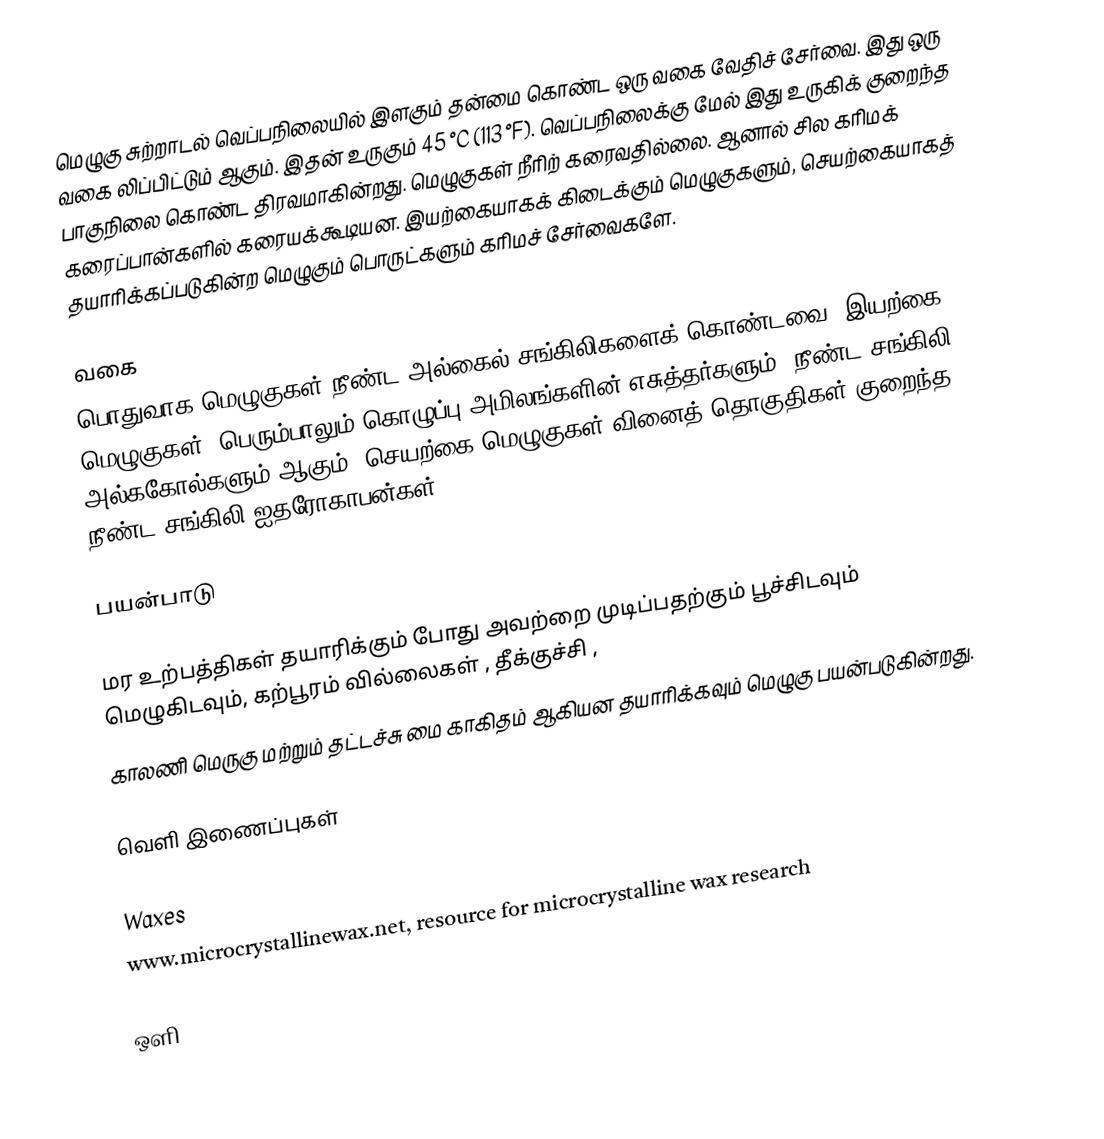
மெழுகு சுற்றாடல் வெப்பநிலையில் இளகும் தன்மை கொண்ட ஒரு வகை வேதிச் சேர்வை. இது ஒரு வகை லிப்பிட்டும் ஆகும்.  இதன் உருகும் 45 °C (113 °F). வெப்பநிலைக்கு மேல் இது உருகிக் குறைந்த பாகுநிலை கொண்ட திரவமாகின்றது. மெழுகுகள் நீரிற் கரைவதில்லை. ஆனால் சில கரிமக் கரைப்பான்களில் கரையக்கூடியன. இயற்கையாகக் கிடைக்கும் மெழுகுகளும், செயற்கையாகத் தயாரிக்கப்படுகின்ற மெழுகும் பொருட்களும் கரிமச் சேர்வைகளே.

வகை
பொதுவாக மெழுகுகள் நீண்ட அல்கைல் சங்கிலிகளைக் கொண்டவை. இயற்கை மெழுகுகள், பெரும்பாலும் கொழுப்பு அமிலங்களின்  எசுத்தர்களும், நீண்ட சங்கிலி அல்ககோல்களும் ஆகும். செயற்கை மெழுகுகள் வினைத் தொகுதிகள் குறைந்த நீண்ட சங்கிலி ஐதரோகாபன்கள்.

பயன்பாடு

மர உற்பத்திகள் தயாரிக்கும் போது அவற்றை முடிப்பதற்கும் பூச்சிடவும் மெழுகிடவும்,  கற்பூரம் வில்லைகள் , தீக்குச்சி ,
காலணி மெருகு மற்றும் தட்டச்சு மை காகிதம் ஆகியன தயாரிக்கவும் மெழுகு பயன்படுகின்றது.

வெளி இணைப்புகள்

 Waxes
 www.microcrystallinewax.net, resource for microcrystalline wax research

ஒளி